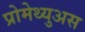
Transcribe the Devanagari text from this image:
प्रोमेथ्युअस